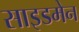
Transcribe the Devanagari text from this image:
साइडमेन